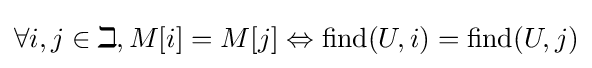
\forall i,j\in \mathbb {id} ,M[i]=M[j]\Leftrightarrow \mathrm {find} (U,i)=\mathrm {find} (U,j)